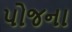
પોજના